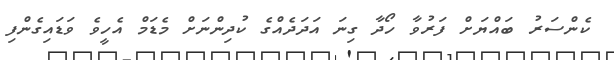
ކެންސަރު ބައްޔަށް ފަރުވާ ހޯދާ ގިނަ އަދަދެއްގެ ކުދިންނަށް މެޑަމް އެހީވެ ވަޑައިގެންފި